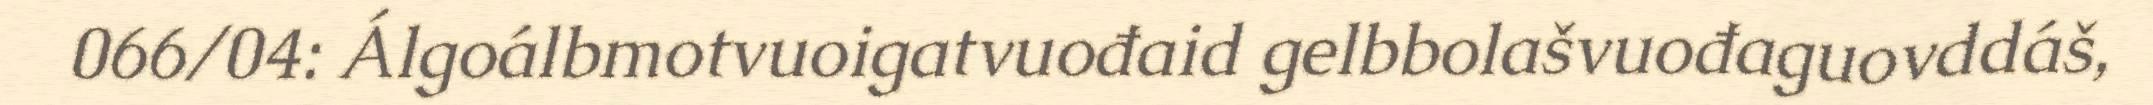
066/04: Álgoálbmotvuoigatvuođaid gelbbolašvuođaguovddáš,